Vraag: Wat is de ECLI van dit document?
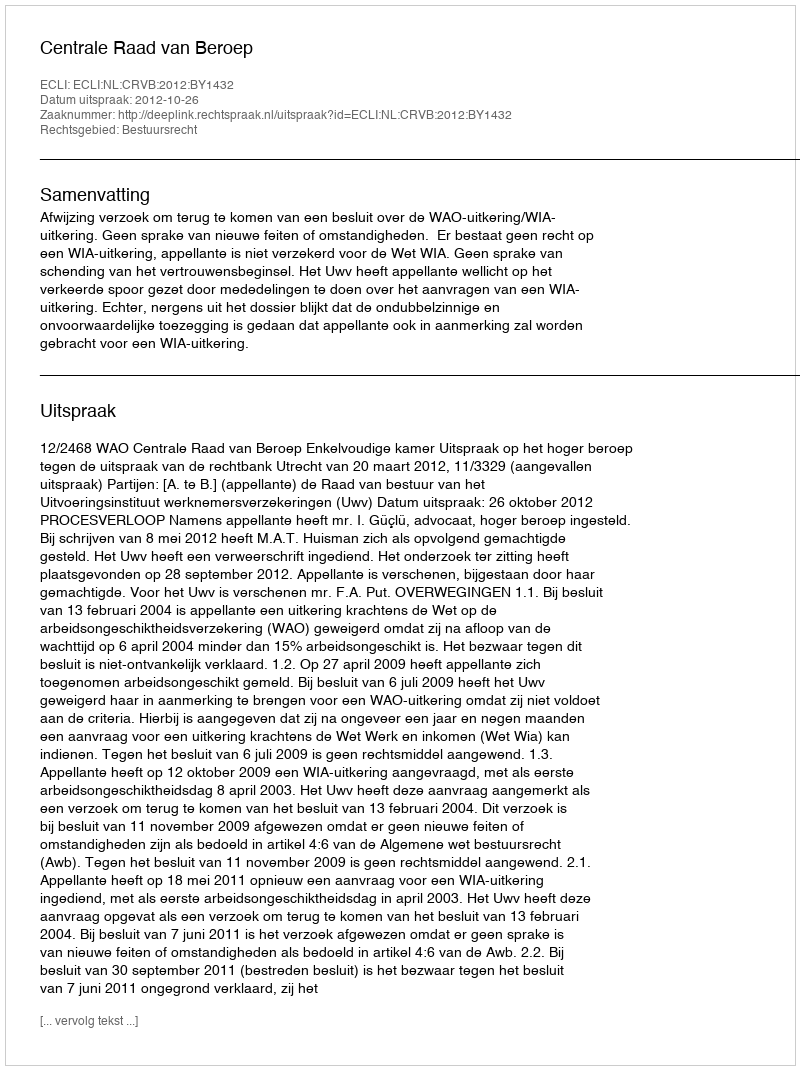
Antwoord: ECLI:NL:CRVB:2012:BY1432